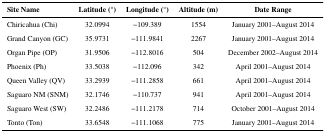
<table><thead><tr><td><b>Site Name</b></td><td><b>Latitude (°)</b></td><td><b>Longitude (°)</b></td><td><b>Altitude (m)</b></td><td><b>Date Range</b></td></tr></thead><tbody><tr><td>Chiricahua (Chi)</td><td>32.0994</td><td>−109.389</td><td>1554</td><td>January 2001–August 2014</td></tr><tr><td>Grand Canyon (GC)</td><td>35.9731</td><td>−111.9841</td><td>2267</td><td>January 2001–August 2014</td></tr><tr><td>Organ Pipe (OP)</td><td>31.9506</td><td>−112.8016</td><td>504</td><td>December 2002–August 2014</td></tr><tr><td>Phoenix (Ph)</td><td>33.5038</td><td>−112.096</td><td>342</td><td>April 2001–August 2014</td></tr><tr><td>Queen Valley (QV)</td><td>33.2939</td><td>−111.2858</td><td>661</td><td>April 2001–August 2014</td></tr><tr><td>Saguaro NM (SNM)</td><td>32.1746</td><td>−110.737</td><td>941</td><td>April 2001–August 2014</td></tr><tr><td>Saguaro West (SW)</td><td>32.2486</td><td>−111.2178</td><td>714</td><td>October 2001–August 2014</td></tr><tr><td>Tonto (Ton)</td><td>33.6548</td><td>−111.1068</td><td>775</td><td>January 2001–August 2014</td></tr></tbody></table>